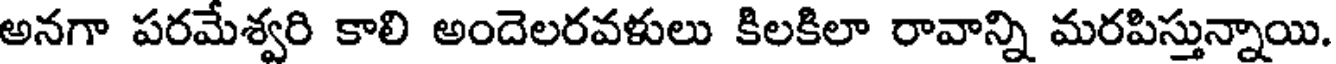
అనగా పరమేశ్వరి కాలి అందెలరవళులు కిలకిలా రావాన్ని మరపిస్తున్నాయి.